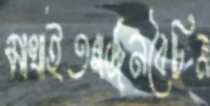
মাখাইতগর্জনবৈচিত্র